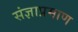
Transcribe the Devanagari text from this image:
संज्ञाप्रमाण